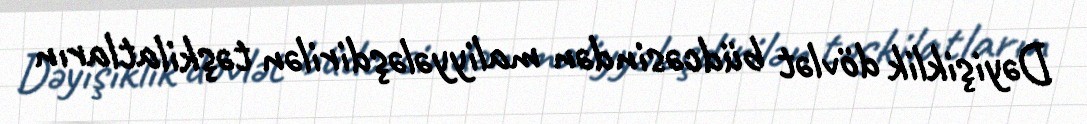
Dəyişiklik dövlət büdcəsindən maliyyələşdirilən təşkilatların